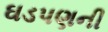
ઘડપણની